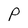
Character: P